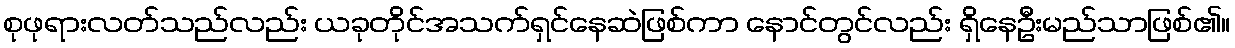
စုဖုရားလတ်သည်လည်း ယခုတိုင်အသက်ရှင်နေဆဲဖြစ်ကာ နောင်တွင်လည်း ရှိနေဦးမည်သာဖြစ်၏။